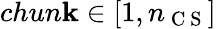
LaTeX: chun\mathbf{k}\in[1,n_{\mathrm{{~C~S~}}}]